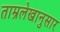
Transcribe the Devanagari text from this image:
ताम्रलेखानुसार